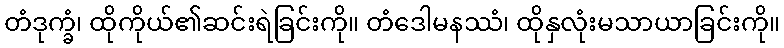
တံဒုက္ခံ၊ ထိုကိုယ်၏ဆင်းရဲခြင်းကို။ တံဒေါမနဿံ၊ ထိုနှလုံးမသာယာခြင်းကို။